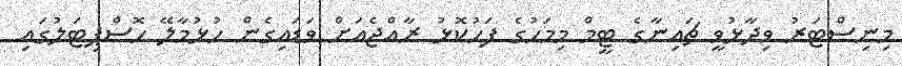
މިނިސްޓަރު ވިދާޅުވީ ޗައިނާގެ ޓީމް މިމަހުގެ ފަހުކޮޅު ރާއްޖެއަށް ވަޑައިގެން ހުޅުމާލޭ ހޮސްޕިޓަލުގައި